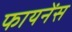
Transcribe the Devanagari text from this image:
फायनेंस